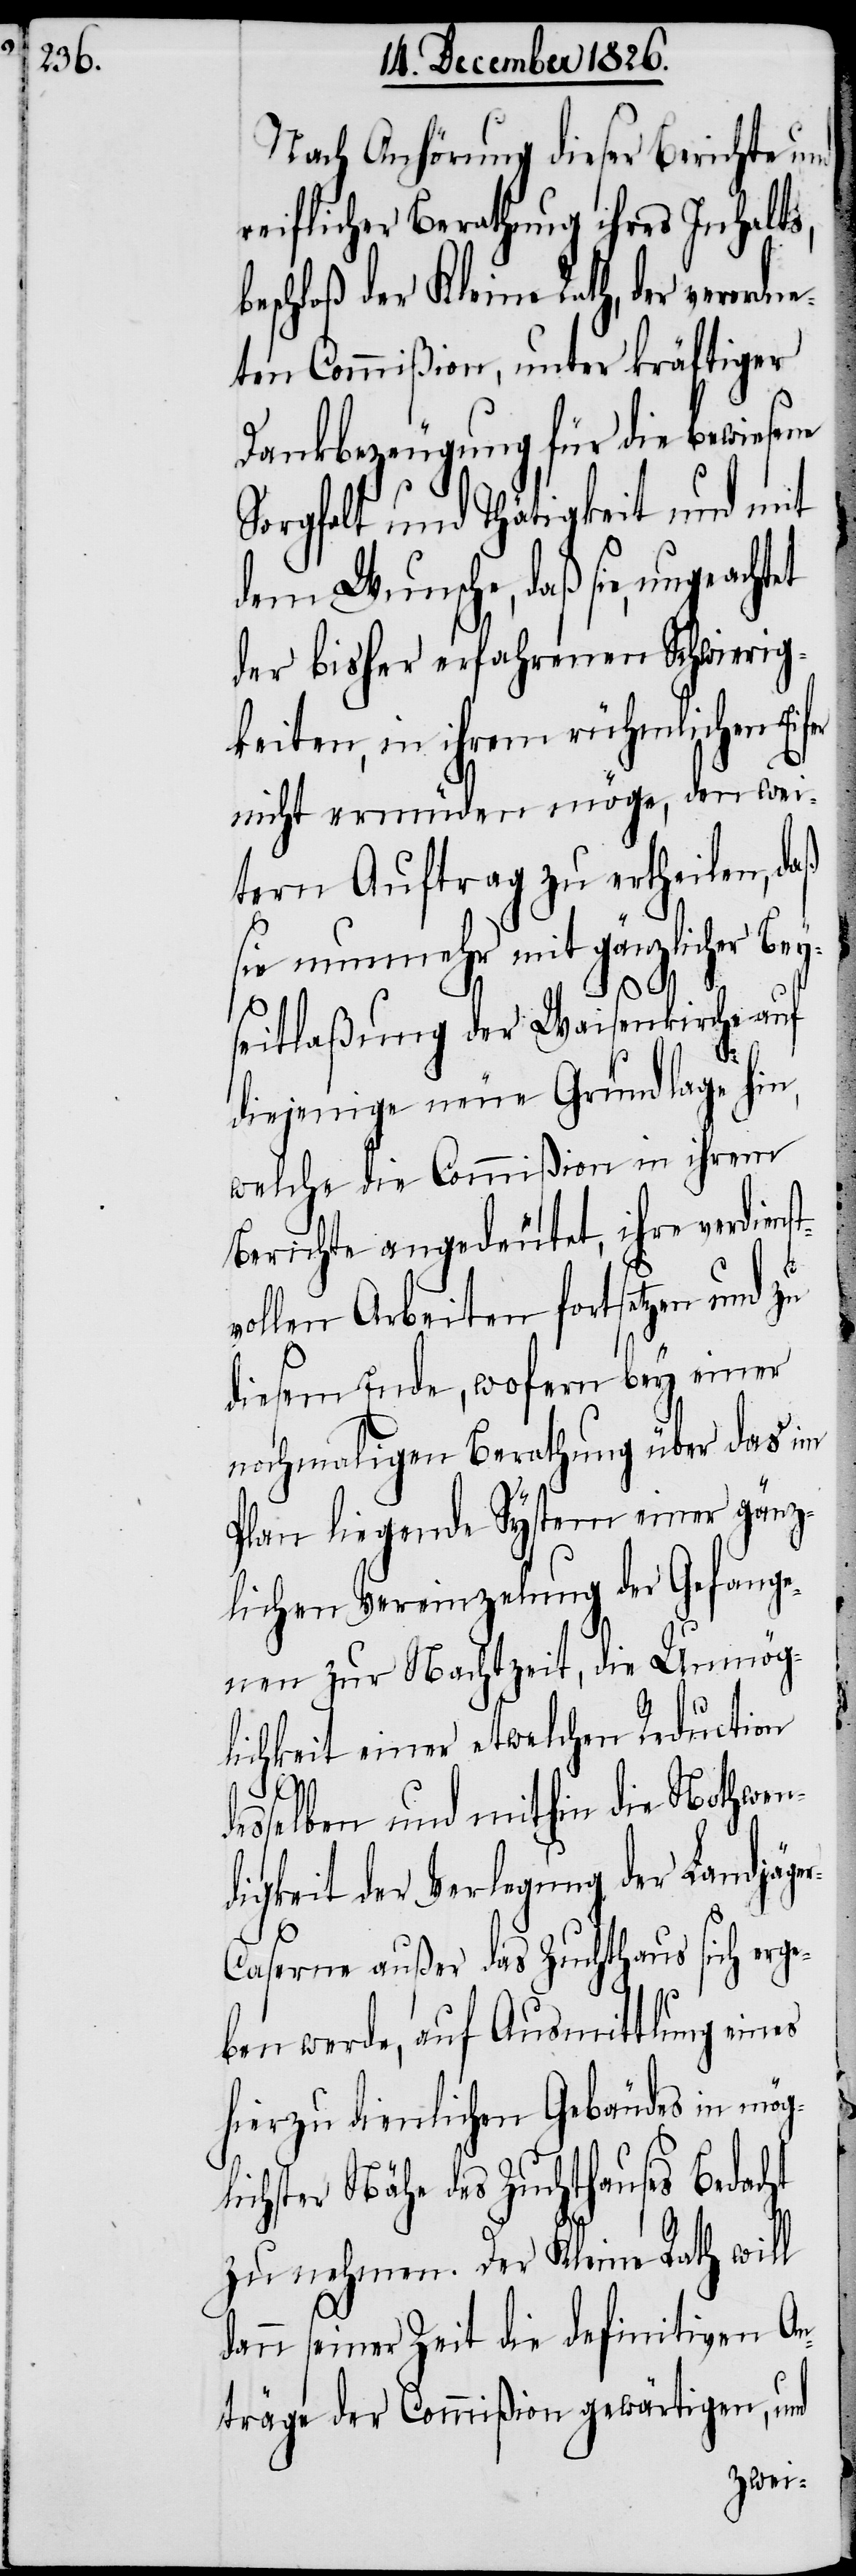
Nach Anhörung dieser Berichte und
reiflicher Berathung ihres Inhalts,
eschloß der Kleine Rath, der verordn¬
eten Commißion, unter kräftiger
Dankbezeugung für die bewiesene
Sorgfalt und Thätigkeit und mit
dem Wunsche, daß sie, ungeacht¬
der bisher erfahrenen Schwierig¬
keiten, in ihrem rühmlichen Eifer
nicht ermüden möge, den wei¬
tern Auftrag zu ertheilen, daß
sie nunmehr mit gänzlicher Bey¬
d¬
kirche auf
seitlaßung der Waise¬
diejenige neue Grundlage hin,
welche die Commißion in ihrem
Berichte angedeutet, ihre verdiens¬
vollen Arbeiten fortsetzen und zu
diesem Ende, wofern bey einer
nochmaligen Berathung über das im
Plan liegende System einer gänz¬
lichen Vereinzelung der Gefange¬
nen zur Nachtzeit, die Unmög¬
lichkeit einer etwelchen Reduction
esselben und mithin die Nothwen¬
digkeit der Verlegung der Landjäge¬
r-Caserne außer das Zuchthaus sich erge¬
ben werde, auf Ausmittlung eines
hierzu dienlichen Gebäudes in mög¬
lichster Nähe des Zuchthauses Bedacht
zu nehmen. Der Kleine Rath will
dann seiner Zeit die definitiven An¬
träge der Commißion gewärtigen, und